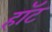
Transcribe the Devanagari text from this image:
हाॅट